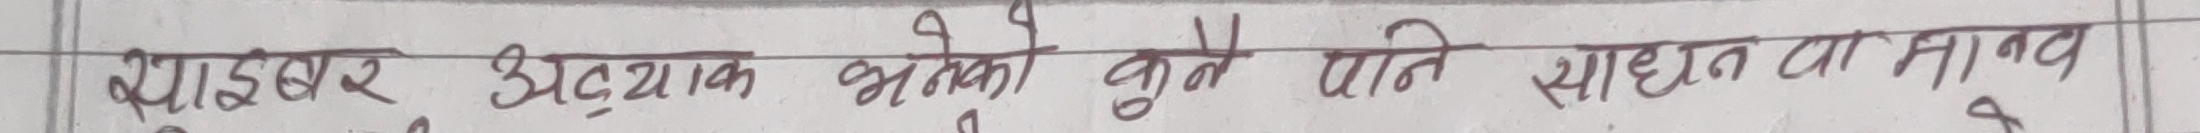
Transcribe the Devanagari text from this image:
साइबर अट्याक भनेको कुनै पनि साधन वा माध्यम हो ।